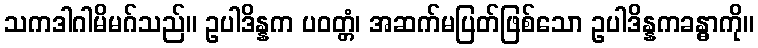
သကဒါဂါမိမဂ်သည်။ ဥပါဒိန္နက ပဝတ္တံ၊ အဆက်မပြတ်ဖြစ်သော ဥပါဒိန္နကခန္ဓာကို။